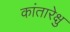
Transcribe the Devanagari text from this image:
कांतारेक्षु